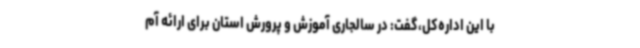
با این اداره‌کل،گفت: در سالجاری آموزش و پرورش استان برای ارائه آم